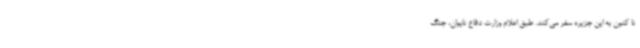
تا کنون به این جزیره سفر می‌کند. طبق اعلام وزارت دفاع تایوان، جنگ